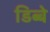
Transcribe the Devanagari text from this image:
डिब्बे